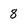
Character: 8